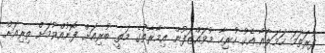
ފުރަތަމަ ހަމަލާއާ އެކު ހުރިހާ މުވައްޒަފުން އިމާރާތުގެ މަތީ ބުރިއަށް ފޮނުއްވުމަށް ތިރިއަށް